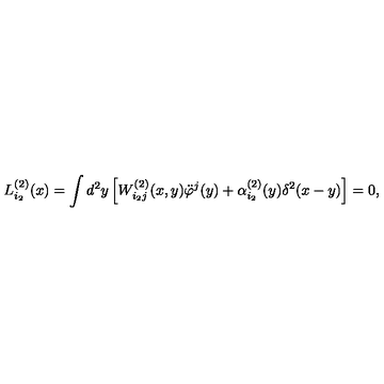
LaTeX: L _ { i _ { 2 } } ^ { ( 2 ) } ( x ) = \int d ^ { 2 } y \left[ W _ { i _ { 2 } j } ^ { ( 2 ) } ( x , y ) \ddot { \varphi } ^ { j } ( y ) + \alpha _ { i _ { 2 } } ^ { ( 2 ) } ( y ) \delta ^ { 2 } ( x - y ) \right] = 0 ,